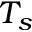
T _ { s }